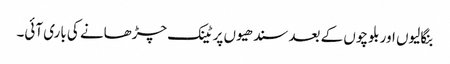
بنگالیوں اور بلوچوں کے بعد سندھیوں پر ٹینک چڑھانے کی باری آئی۔